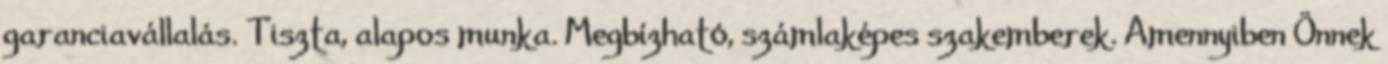
garanciavállalás. Tiszta, alapos munka. Megbízható, számlaképes szakemberek. Amennyiben Önnek